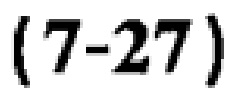
\((7 - 27)\)